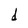
Character: d